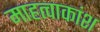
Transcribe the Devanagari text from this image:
माहत्वाकांश